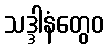
သဒ္ဒါနံတွေဝ